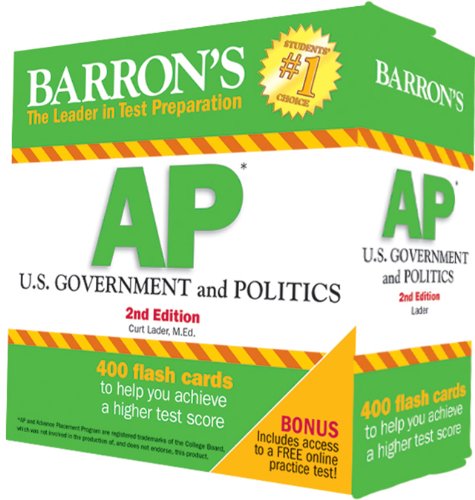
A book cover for Barron's AP U.S. Government and Politics Flash Cards, 2nd Edition; Curt Lader M.Ed.; Test Preparation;